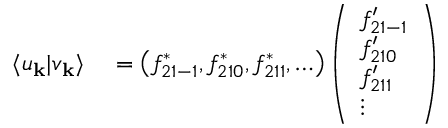
\begin{array} { r l } { \langle u _ { \mathbf { k } } | v _ { \mathbf { k } } \rangle } & { { } = \left( f _ { 2 1 - 1 } ^ { * } , f _ { 2 1 0 } ^ { * } , f _ { 2 1 1 } ^ { * } , \ldots \right) \left( \begin{array} { l } { f _ { 2 1 - 1 } ^ { \prime } } \\ { f _ { 2 1 0 } ^ { \prime } } \\ { f _ { 2 1 1 } ^ { \prime } } \\ { \vdots } \end{array} \right) } \end{array}